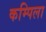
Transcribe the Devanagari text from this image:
कम्पिला